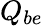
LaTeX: Q_{be}